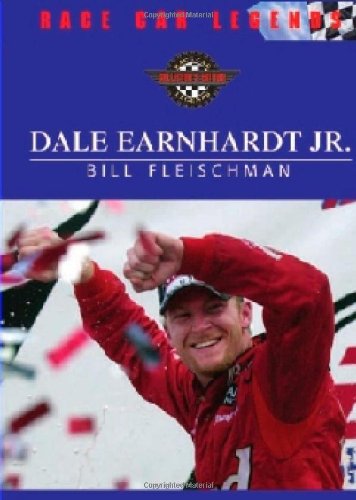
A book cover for Dale Earnhardt Jr. (Race Car Legends, Collector's Edition); Bill Fleischman; Teen & Young Adult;